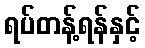
ရပ်တန့်ရန်နှင့်